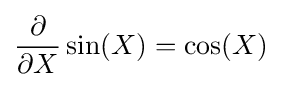
{\frac {\partial }{\partial X}}\sin(X)=\cos(X)